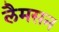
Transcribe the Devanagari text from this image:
लैमसन